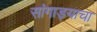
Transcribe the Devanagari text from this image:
सांगाड्याचा